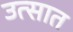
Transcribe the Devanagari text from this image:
उत्सात